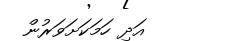
އަދި ހަމަކަށަވަރުން